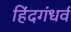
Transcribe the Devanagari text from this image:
हिंदगंधर्व